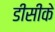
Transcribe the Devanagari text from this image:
डीसीके